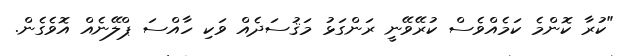
"ކުރާ ކޮންމެ ކަމެއްވެސް ކުރޭވޭނީ ރަންގަޅު މަޤުސަދެއް ވަކި ހާއްސަ ޕްލޭނެއް އޮވެގެން.